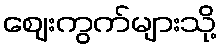
ဈေးကွက်များသို့